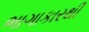
ભાગાકારથી